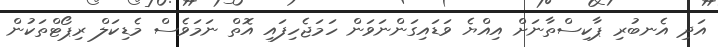
އަދި އެނބުރި ޕާކިސްތާނަށް އިއްޔެ ވަޑައިގަންނަވަން ހަމަޖެހިފައި އޮތް ނަމަވެސް މެޑިކަލް ރިޕޯޓްތަކުން